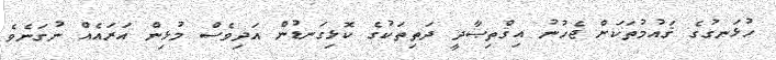
ހުޅަނގުގެ ޤައުމުތަކަށް ޖެހުނު އިޤްތިޞާދީ ދަތިތަކުގެ ކޮޅިގަނޑުން އަދިވެސް މުޅިން އަރައެއް ނުގަނެވެ